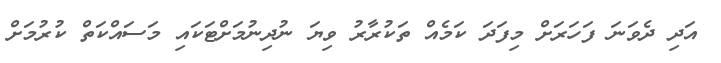
އަދި ދެވަނަ ފަހަރަށް މިފަދަ ކަމެއް ތަކުރާރު ވިޔަ ނުދިނުމަށްޓަކައި މަސައްކަތް ކުރުމަށް